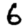
Digit: 6